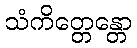
သံကိတ္တေန္တော